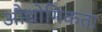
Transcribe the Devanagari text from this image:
औद्योगिकता